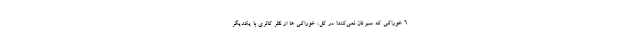
6 خوراکی که سیرتان نمی‌کند! در کل، خوراکی ها از نظر کالری با یکدیگر